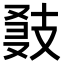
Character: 𢻍